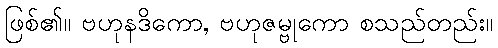
ဖြစ်၏။ ဗဟုနဒိကော, ဗဟုဇမ္ဗုကော စသည်တည်း။